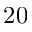
2 0